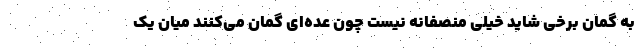
به گمان برخی شاید خیلی منصفانه نیست چون عده‌ای گمان می‌کنند میان یک